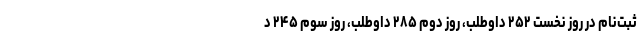
ثبت‌نام در روز نخست ۲۵۲ داوطلب، روز دوم ۲۸۵ داوطلب، روز سوم ۲۴۵ د